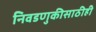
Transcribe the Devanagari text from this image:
निवडणुकीसाठीही